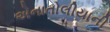
એનાતોલીયાની